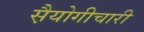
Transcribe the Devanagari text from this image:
स़ैयोगीचारी